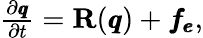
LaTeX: \begin{array}{r}{\frac{\partial\pmb q}{\partial t}=\mathbf{R}(\pmb q)+\pmb{f_{e}},}\end{array}